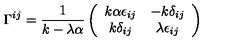
\Gamma ^ { i j } = \frac { 1 } { k - \lambda \alpha } \left( \begin{array} { c c } { k \alpha \epsilon _ { i j } } & { - k \delta _ { i j } } \\ { k \delta _ { i j } } & { \lambda \epsilon _ { i j } } \\ \end{array} \right)